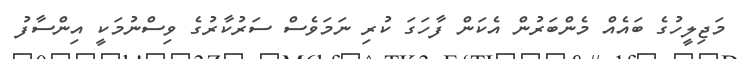
މަޖިލީހުގެ ބައެއް މެންބަރުން އެކަން ފާހަގަ ކުރި ނަމަވެސް ސަރުކާރުގެ ވިސްނުމަކީ އިންސާފު